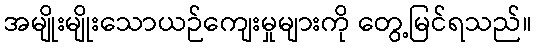
အမျိုးမျိုးသောယဉ်ကျေးမှုများကို တွေ့မြင်ရသည်။